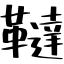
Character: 韃